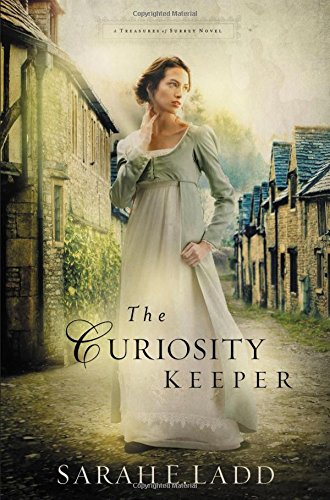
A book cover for The Curiosity Keeper (A Treasures of Surrey Novel); Sarah E. Ladd; Romance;